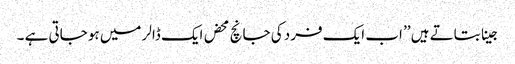
جینا بتاتے ہیں ’’ اب ایک فرد کی جانچ محض ایک ڈالر میں ہو جاتی ہے ۔